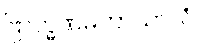
ဗြာဟ္မဏမဟာသာလံ